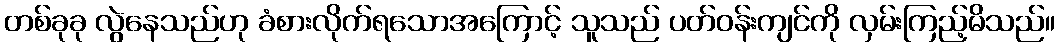
တစ်ခုခု လွဲနေသည်ဟု ခံစားလိုက်ရသောအကြောင့် သူသည် ပတ်ဝန်းကျင်ကို လှမ်းကြည့်မိသည်။